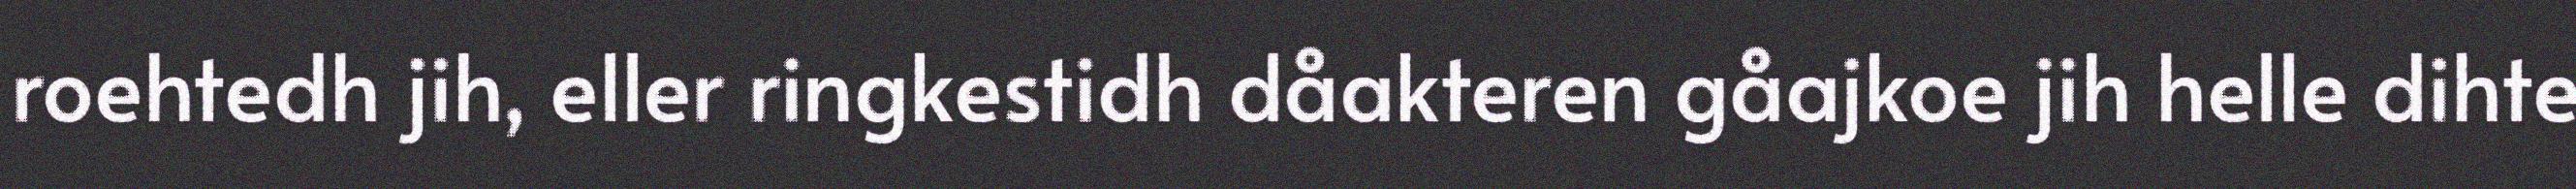
roehtedh jih, eller ringkestidh dåakteren gåajkoe jih helle dihte